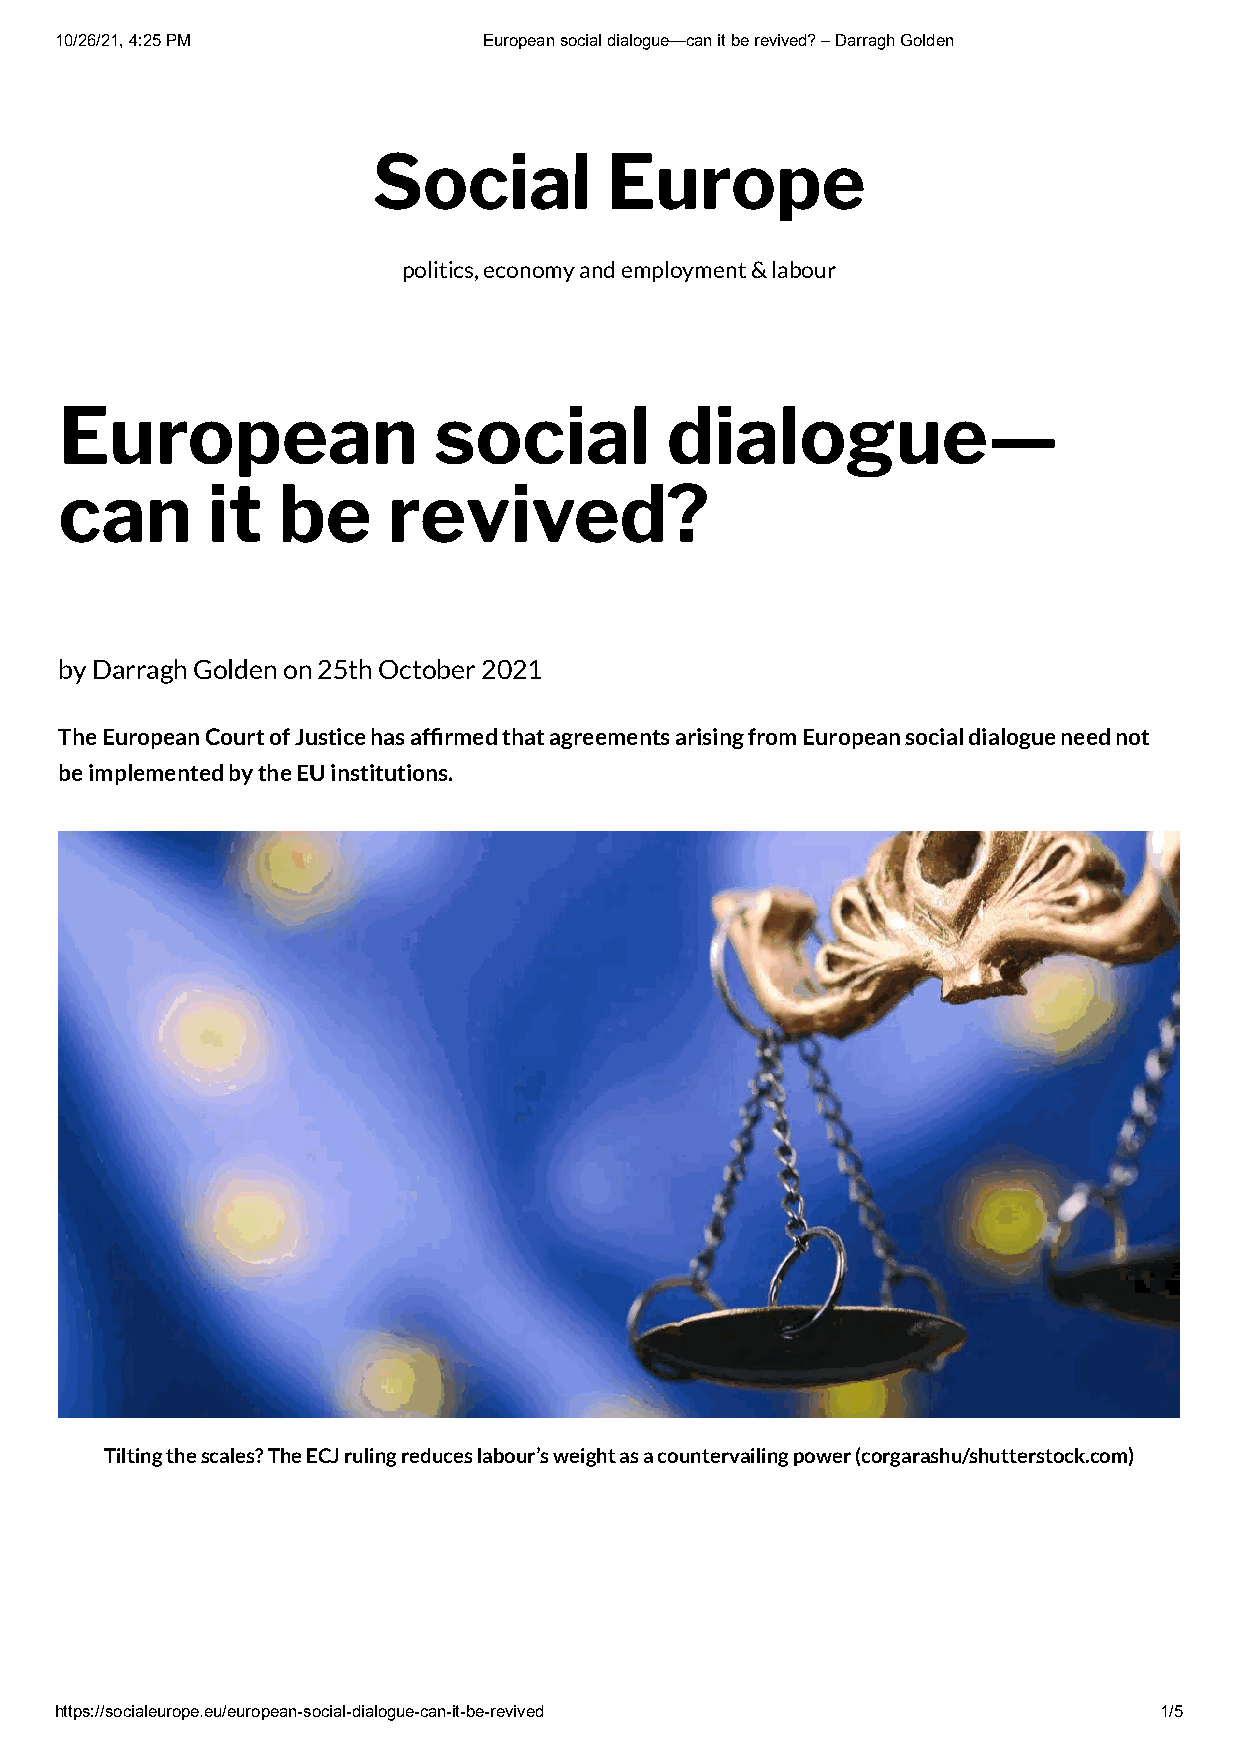
10/26/21, 4:25 PM           European social dialogue—can it be revived? – Darragh Golden
 Social         Europe
 politics, economy and employment & labour
 European                 social         dialogue—
 can       it  be      revived?
 by Darragh Golden on 25th October 2021
 The European Court of Justice has afrmed that agreements arising from European social dialogue need not
 be implemented by the EU institutions.
 Tilting the scales? The ECJ ruling reduces labour’s weight as a countervailing power (corgarashu/shutterstock.com)
 https://socialeurope.eu/european-social-dialogue-can-it-be-revived       1/5